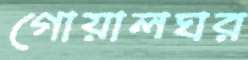
গোয়ালঘর